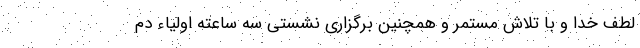
لطف خدا و با تلاش مستمر و همچنین برگزاری نشستی سه ساعته اولیاء دم